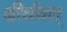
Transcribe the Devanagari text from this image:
दीर्घवत्